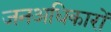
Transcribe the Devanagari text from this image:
जनअधिकारों